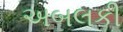
અબલકી